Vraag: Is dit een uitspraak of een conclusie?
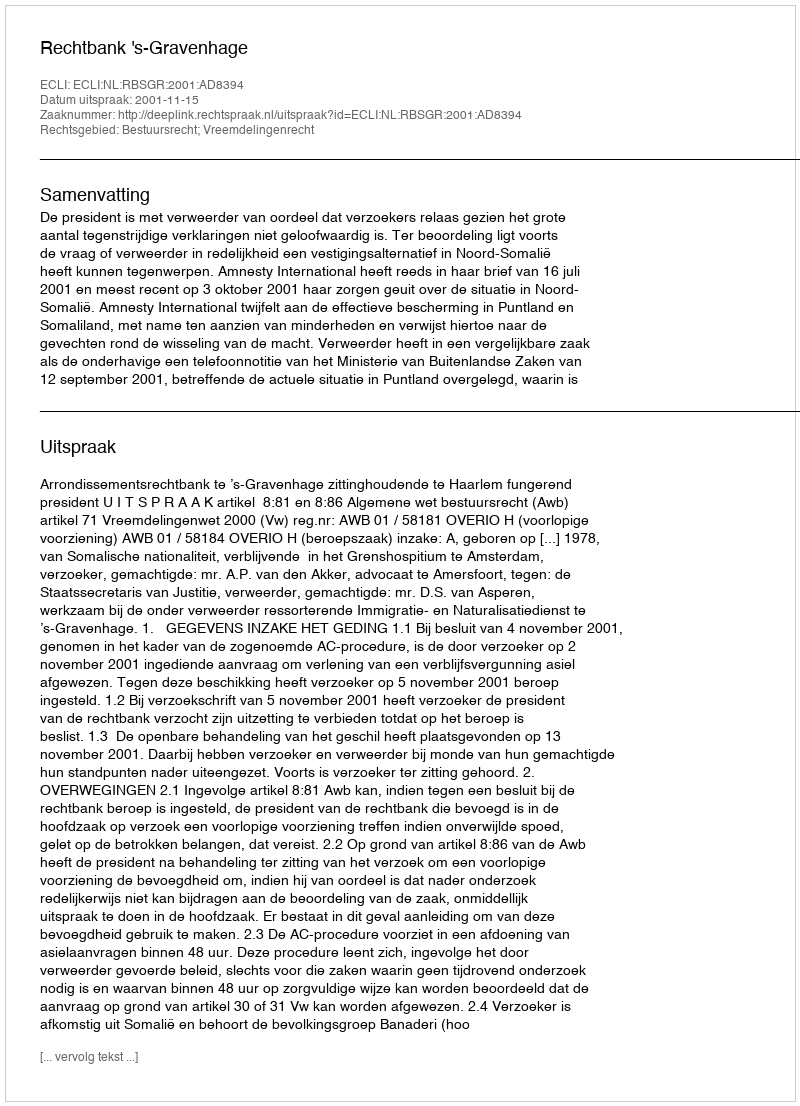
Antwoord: Uitspraak